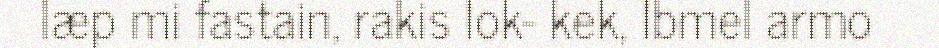
læp mi fastain, rakis lok- kek, Ibmel armo